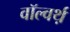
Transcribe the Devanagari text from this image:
वॉल्वर्थ़